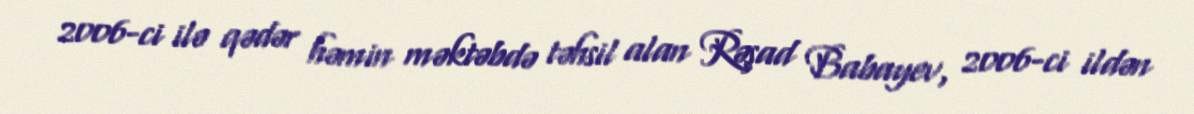
2006-ci ilə qədər həmin məktəbdə təhsil alan Rəşad Babayev, 2006-ci ildən